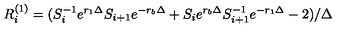
R _ { i } ^ { ( 1 ) } = ( S _ { i } ^ { - 1 } e ^ { r _ { 1 } \Delta } S _ { i + 1 } e ^ { - r _ { b } \Delta } + S _ { i } e ^ { r _ { b } \Delta } S _ { i + 1 } ^ { - 1 } e ^ { - r _ { 1 } \Delta } - 2 ) / \Delta